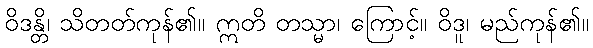
ဝိဒန္တိ၊ သိတတ်ကုန်၏။ ဣတိ တသ္မာ၊ ကြောင့်။ ဝိဒူ၊ မည်ကုန်၏။